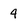
Character: 4